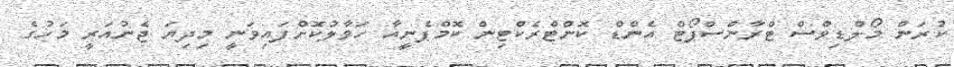
ކުރަން މޯލްޑިވްސް ޓްރާންސްޕޯޓް އެންޑް ކޮންޓްރެކްޓިން ކޮމްޕެނީއާ ހަވާލުކޮށްފައިވަނީ މިދިޔަ ޖެނުއަރީ މަހުގެ